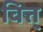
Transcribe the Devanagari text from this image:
वित्त्